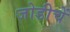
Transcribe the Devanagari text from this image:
जोडीचें